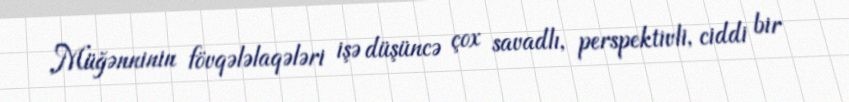
Müğənninin fövqələlaqələri işə düşüncə çox savadlı, perspektivli, ciddi bir